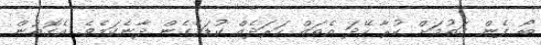
ބޯ ފެން ގަތުމަށް ކުރާ ހޭދަ އެތައް ހަރަދެއް ކުޑަވެގެން ދާނެކަމެވެ. އެގޮތުން